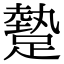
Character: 𨄧